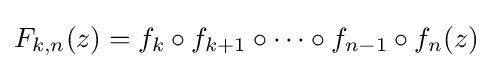
F_{k,n}(z)=f_{k}\circ f_{k+1}\circ \dots \circ f_{n-1}\circ f_{n}(z)